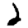
Digit: 2